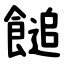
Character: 䭔